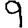
Digit: 9